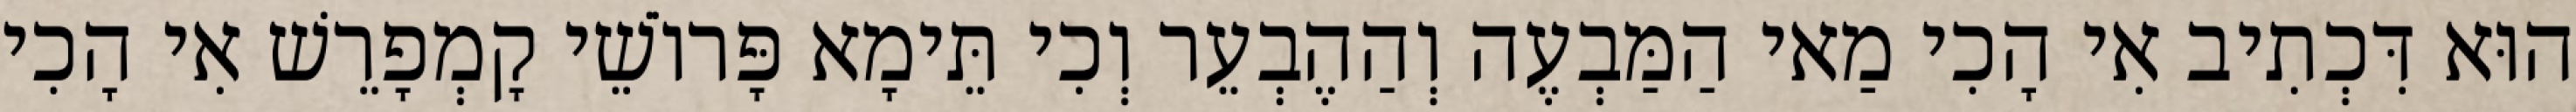
הוּא דִּכְתִיב אִי הָכִי מַאי הַמַּבְעֶה וְהַהֶבְעֵר וְכִי תֵּימָא פָּרוֹשֵׁי קָמְפָרֵשׁ אִי הָכִי